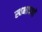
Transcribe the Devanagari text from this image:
स्वभाषणों